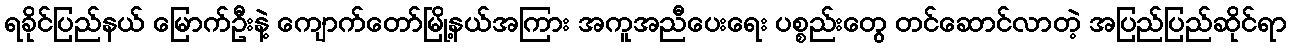
ရခိုင်ပြည်နယ် မြောက်ဦးနဲ့ ကျောက်တော်မြို့နယ်အကြား အကူအညီပေးရေး ပစ္စည်းတွေ တင်ဆောင်လာတဲ့ အပြည်ပြည်ဆိုင်ရာ